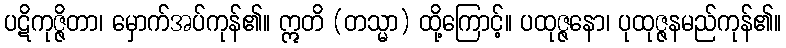
ပဋိကုဇ္ဇိတာ၊ မှောက်အပ်ကုန်၏။ ဣတိ (တသ္မာ) ထို့ကြောင့်။ ပထုဇ္ဇနော၊ ပုထုဇ္ဇနမည်ကုန်၏။